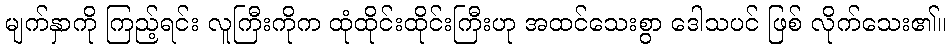
မျက်နှာကို ကြည့်ရင်း လူကြီးကိုက ထုံထိုင်းထိုင်းကြီးဟု အထင်သေးစွာ ဒေါသပင် ဖြစ် လိုက်သေး၏။